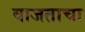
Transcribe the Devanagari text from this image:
वाजताचा